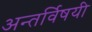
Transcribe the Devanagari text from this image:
अन्तर्विषयी